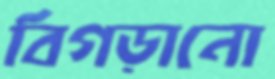
বিগড়ানো